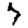
Digit: 7